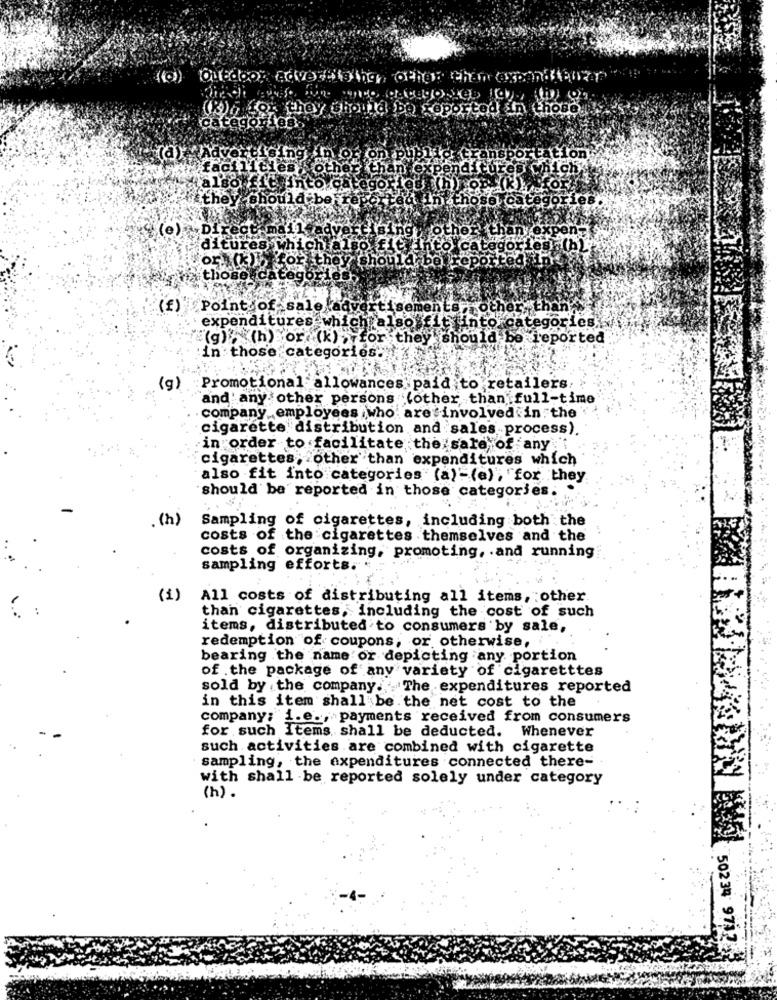
tpa reported in those.
categor
tion
.they
ey should be}
@ cat
"(e) Direct mail ady
roth
any
ito cated
gories}(h)
(f) Point of sale advertisements, other, than;
expenditures which
Chpalso f1
tinto categories
"(g) (h) or (k) , for they should be reported
in those categories:
(g) Promotional allowances paid to retailers. .
and any other persons (other than full-time
company employees who are involved in the
cigarette distribution and sales process).
in order to facilitate the sale of any
cigarettes, other than expenditures which
also fit into categories (a)-(e) ; "for they
should be reported in those categories.
. (h)
Sampling of cigarettes, including both the
costs of the cigarettes themselves and the
costs of organizing, promoting, . and running
sampling efforts.
(1)
All costs of distributing all items, other
than cigarettes, including the cost of such
items, distributed to consumers by sale,
redemption "of coupons, or otherwise,
bearing the name or depicting any portion
of .the package of any variety of cigaretttes
sold by the company. The expenditures reported
in this item shall be the net cost to the
company; i.e ., payments received from consumers
for such Items shall be deducted. Whenever
such activities are combined with cigarette
sampling, the expenditures connected there-
with shall be reported solely under category
(h) .
50234 9712